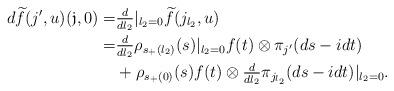
LaTeX: \begin{align*} d\widetilde f (j',u)(\mathfrak j,0)=& \tfrac{d}{dl_2}|_{l_2=0} \widetilde f (j_{l_2},u)\\ =&\tfrac{d}{dl_2} \rho_{s_{+}(l_2)}(s)|_{l_2=0} f(t) \otimes \pi_{j'}(ds-idt)\\ &+\rho_{s_{+}(0)}(s) f(t) \otimes \tfrac{d}{dl_2} \pi_{j_{l_2}}(ds-idt)|_{l_2=0}.\end{align*}